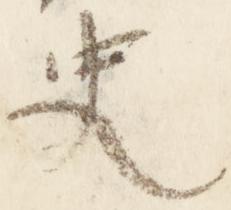
史